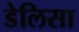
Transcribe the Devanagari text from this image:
डेलिसा